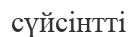
сүйсінтті